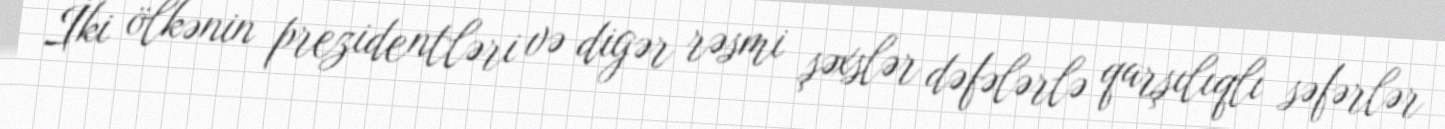
İki ölkənin prezidentləri və digər rəsmi şəxslər dəfələrlə qarşılıqlı səfərlər